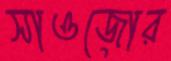
সাওজোর